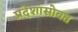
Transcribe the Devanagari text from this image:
प्रदेशांसोबत